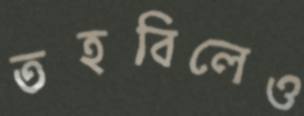
তহবিলেও